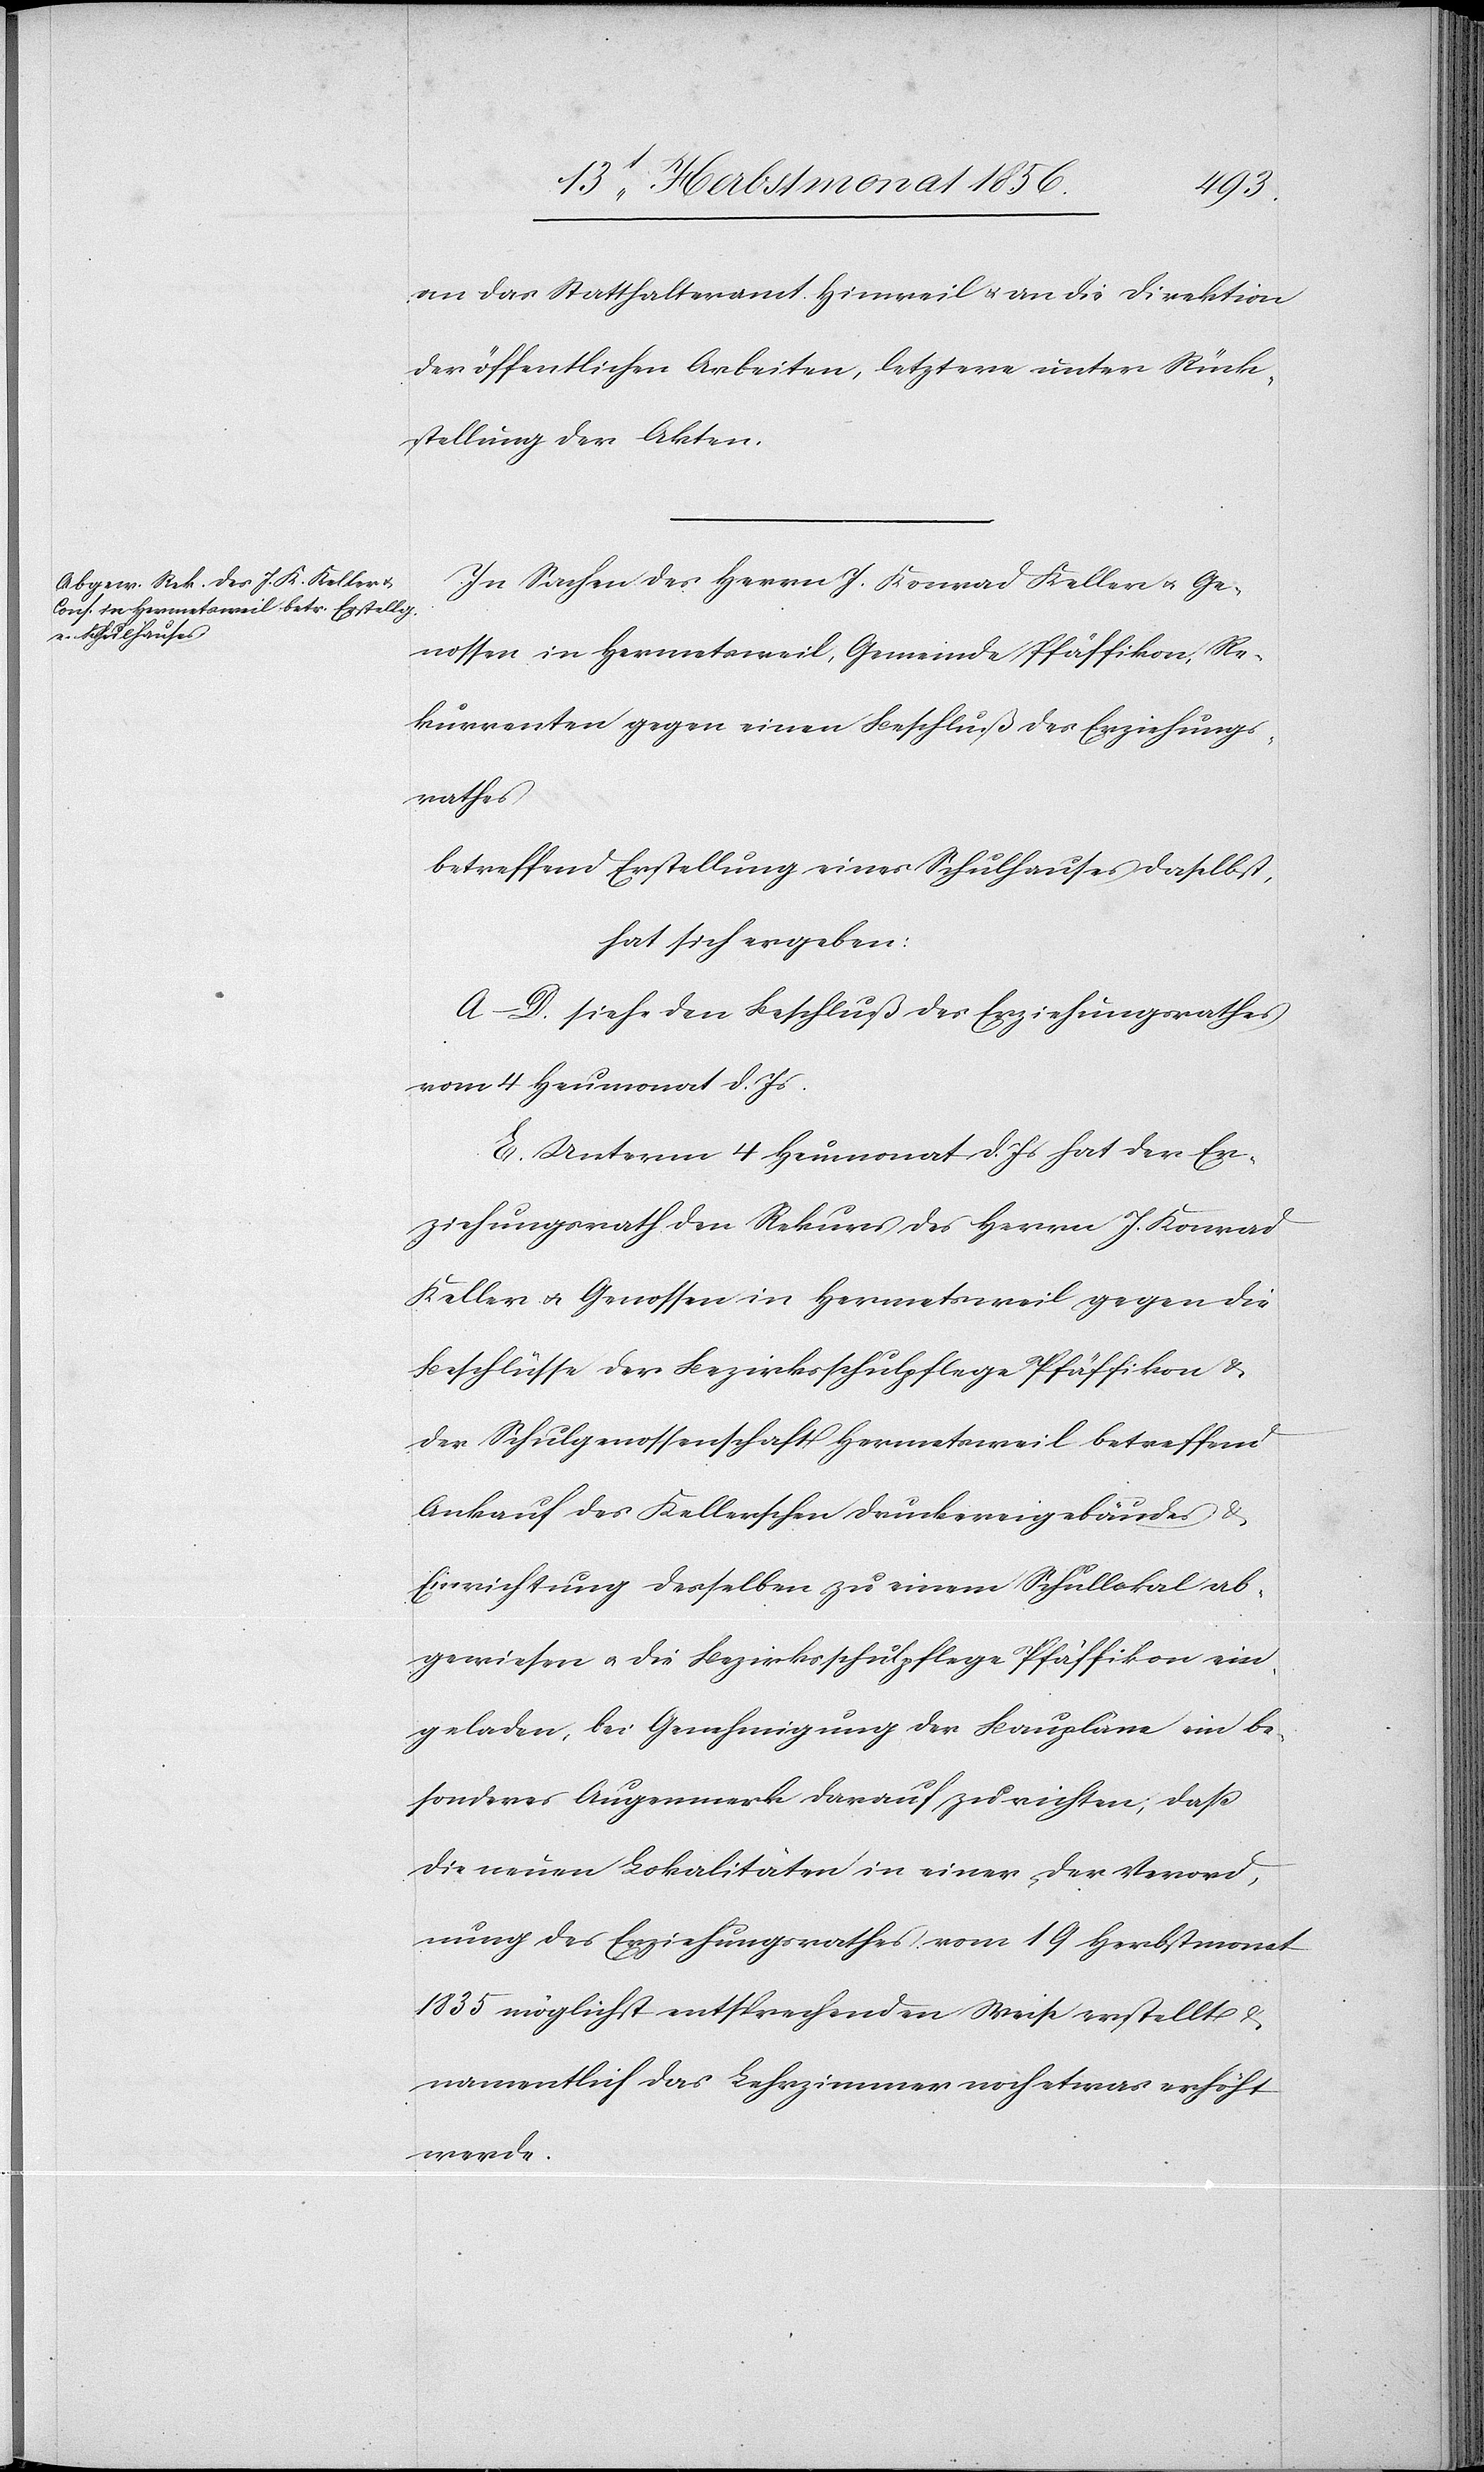
an das Statthalteramt Hinweil u. an die Direktion
der öffentlichen Arbeiten, letztere unter Rück¬
stellung der Akten.
In Sachen des Herrn J. Konrad Keller u. Ge¬
nossen in Hermetsweil, Gemeinde Pfäffikon, Re¬
kurrenten gegen einen Beschluß des Erziehungs¬
rathes
betreffend Erstellung eines Schulhauses daselbst,
hat sich ergeben
A–D. siehe den Beschluß des Erziehungsrathes
vom 4 Heumonat d. Js.
E. Unterm 4 Heumonat d. Js hat der Er¬
ziehungsrath den Rekurs des Herrn J. Konrad
Keller u. Genossen in Hermetsweil gegen die
Beschlüsse der Bezirksschulpflege Pfäffikon &
der Schulgenossenschaft Hermetsweil betreffend
Ankauf des Kellerschen Druckereigebäudes &
Einrichtung desselben zu einem Schullokal ab¬
gewiesen u. die Bezirksschulpflege Pfäffikon ein¬
geladen, bei Genehmigung der Baupläne ein be¬
sonderes Augenmerk darauf zu richten; dass
die neuen Lokalitäten in einer der Verord¬
nung des Erziehungsrathes vom 19 Herbstmonat
1835 möglichst entsprechenden Weise erstellt &
namentlich das Lehrzimmer noch etwas erhöht
werde.